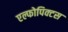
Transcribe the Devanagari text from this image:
एल्फोपिक्टस